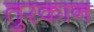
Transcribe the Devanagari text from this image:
तुरकान